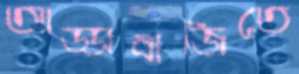
আড্ডাবাজিতে